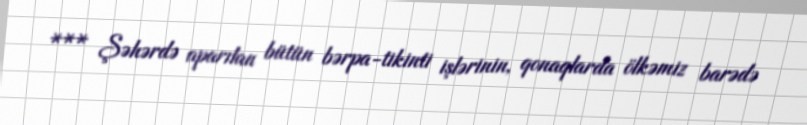
*** Şəhərdə aparılan bütün bərpa-tikinti işlərinin, qonaqlarda ölkəmiz barədə